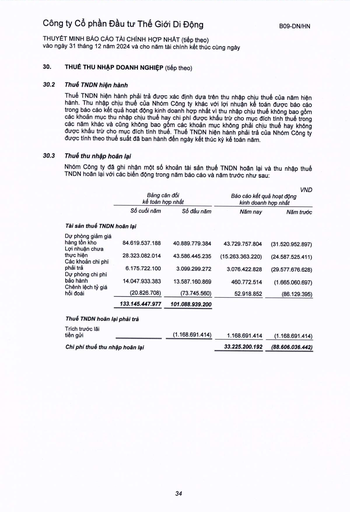
||Bảng kế toán|cân đối hợp nhất|Báo cáo kết kinh doanh|VND quà hoạt động hợp nhất| |---|---|---|---|---| ||Số cuối năm|Số đầu năm|Năm nay|Năm trước| |Tài sản thuế TNDN|hoãn lại|||| |Dự phòng giảm giá hàng tồn kho|84.619.537.188|40.889.779.384|43.729.757.804|(31.520.952.897)| |Lợi nhuận chưa thực hiện|28.323.082.014|43.586.445.235|(15.263.363.220)|(24.587.525.411)| |Các khoản chi phí phải trả|6.175.722.100|3.099.299.272|3.076.422.828|(29.577.676.628)| |Dự phòng chi phí bảo hành|14.047.933.383|13.587.160.869|460.772.514|(1.665.060.697)| |Chênh lệch tỷ giá hối đoái|(20.826.708)|(73.745.560)|52.918.852|(86.129.395)| ||133.145.447.977|101.088.939.200||| |Thuế TNDN hoãn|lại phải trả|||| |Trích trước lãi tiền gửi||(1.168.691.414)|1.168.691.414|(1.168.691.414)| |Chi phí thuế thu|nhập hoãn lại||33.225.200.192|(88.606.036.442)|